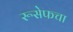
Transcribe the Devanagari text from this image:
रूसेफचा